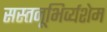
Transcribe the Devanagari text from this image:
सस्तनूभिर्व्यशेम